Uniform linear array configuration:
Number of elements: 8
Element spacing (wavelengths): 0.75
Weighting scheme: hann
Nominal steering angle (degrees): -15
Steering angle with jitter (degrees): -15.725
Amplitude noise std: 0.05
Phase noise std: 0.05

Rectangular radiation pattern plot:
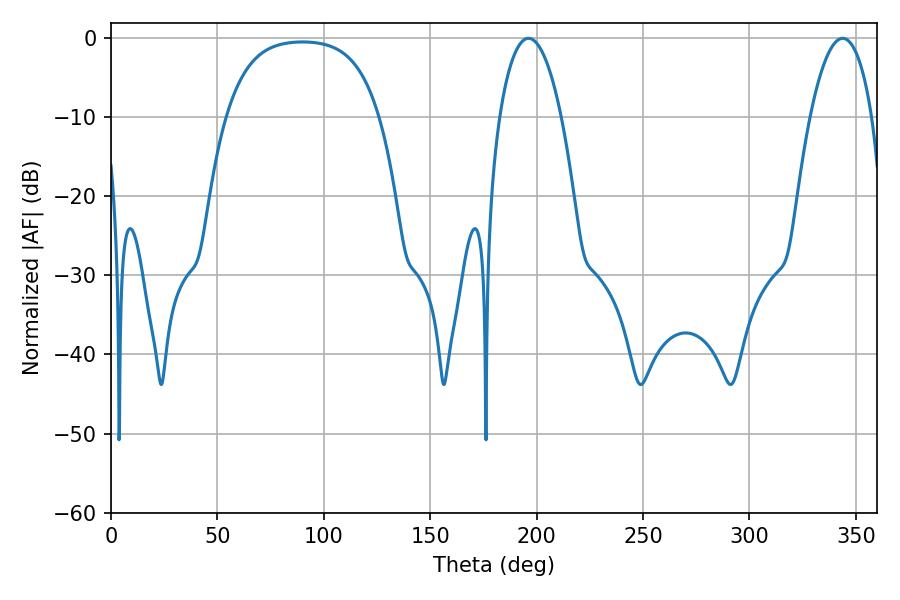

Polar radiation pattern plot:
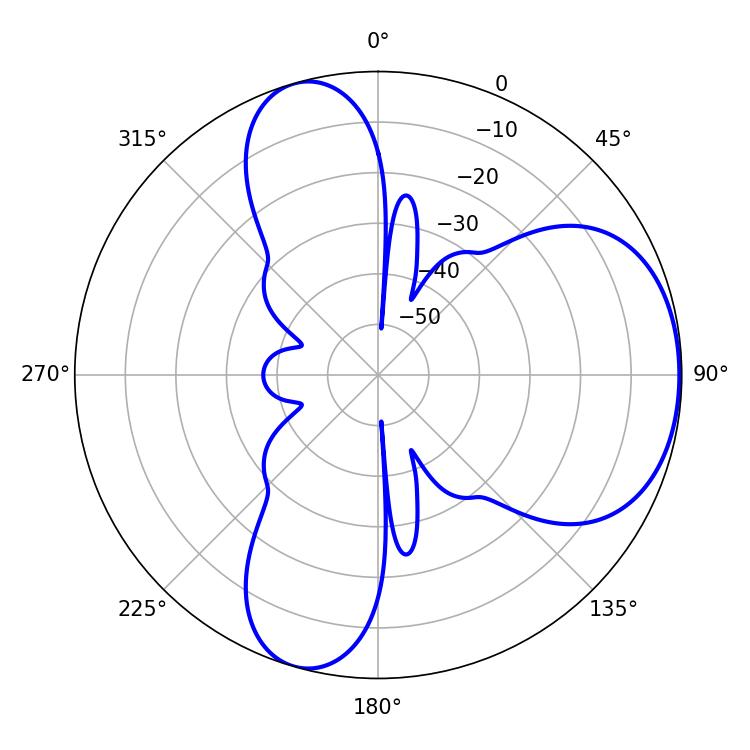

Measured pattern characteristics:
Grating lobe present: TRUE
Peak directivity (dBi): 5.457
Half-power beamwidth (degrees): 16.38
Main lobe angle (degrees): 196.2